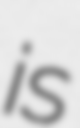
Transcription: is